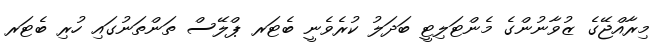
މިރާއްޖޭގެ ޒުވާނުންގެ މެންޓަލިޓީ ބަދަލު ކުރެވެނީ ބެޓަރ ޕްލޭސް ތަންތަނުގައި ހުރި ބެޓަރ